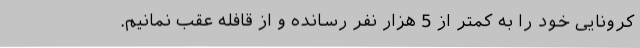
کرونایی خود را به کمتر از 5 هزار نفر رسانده و از قافله عقب نمانیم.